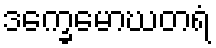
ဒက္ခေမောဃတရံ